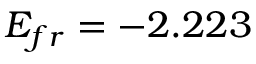
E _ { f r } = - 2 . 2 2 3